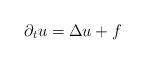
LaTeX: \begin{align*} \partial_{t}u=\Delta u+f\end{align*}